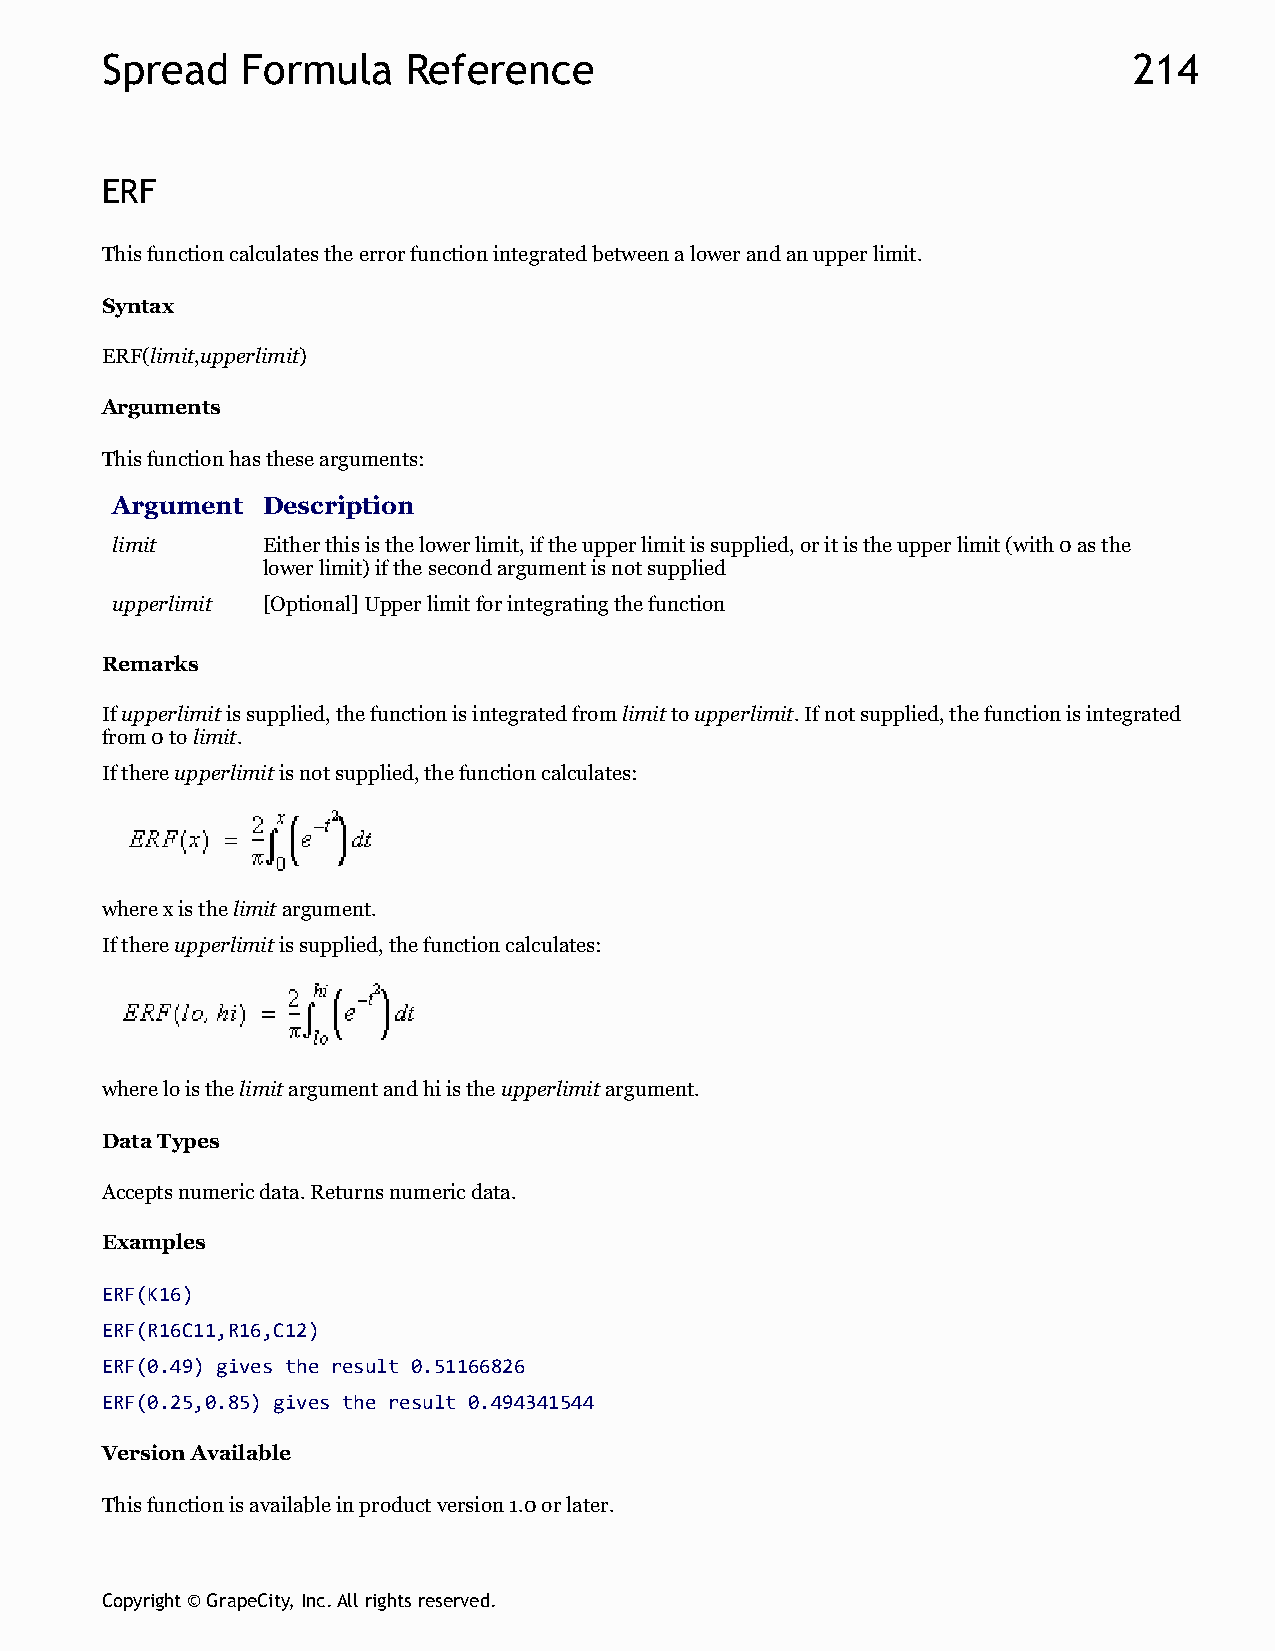
Spread   Formula    Reference                                       214
 ERF
 This function calculates the error function integrated between a lower and an upper limit.
 Syntax
 ERF(limit,upperlimit)
 Arguments
 This function has these arguments:
 Argument  Description
 limit     Either this is the lower limit, if the upper limit is supplied, or it is the upper limit (with 0 as the
 lower limit) if the second argument is not supplied
 upperlimit [Optional] Upper limit for integrating the function
 Remarks
 If upperlimit is supplied, the function is integrated from limit to upperlimit. If not supplied, the function is integrated
 from 0 to limit.
 If there upperlimit is not supplied, the function calculates:
 where x is the limit argument.
 If there upperlimit is supplied, the function calculates:
 where lo is the limit argument and hi is the upperlimit argument.
 Data Types
 Accepts numeric data. Returns numeric data.
 Examples
 ERF(K16)
 ERF(R16C11,R16,C12)
 ERF(0.49) gives the result 0.51166826
 ERF(0.25,0.85) gives the result 0.494341544
 Version Available
 This function is available in product version 1.0 or later.
 Copyright © GrapeCity, Inc. All rights reserved.